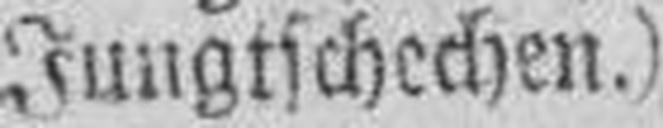
Jungtschechen.)